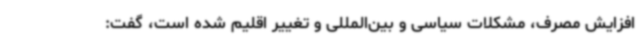
افزایش مصرف، مشکلات سیاسی و بین‌المللی و تغییر اقلیم شده است، گفت: